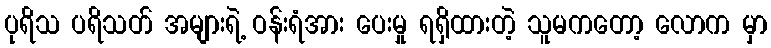
ပုရိသ ပရိသတ် အများရဲ့ ဝန်းရံအား ပေးမှု ရရှိထားတဲ့ သူမကတော့ လောက မှာ